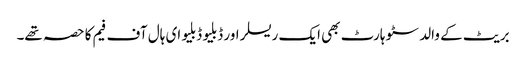
بریٹ کے والد سٹو ہارٹ بھی ایک ریسلر اور ڈبلیو ڈبلیو ای ہال آف فیم کا حصہ تھے۔